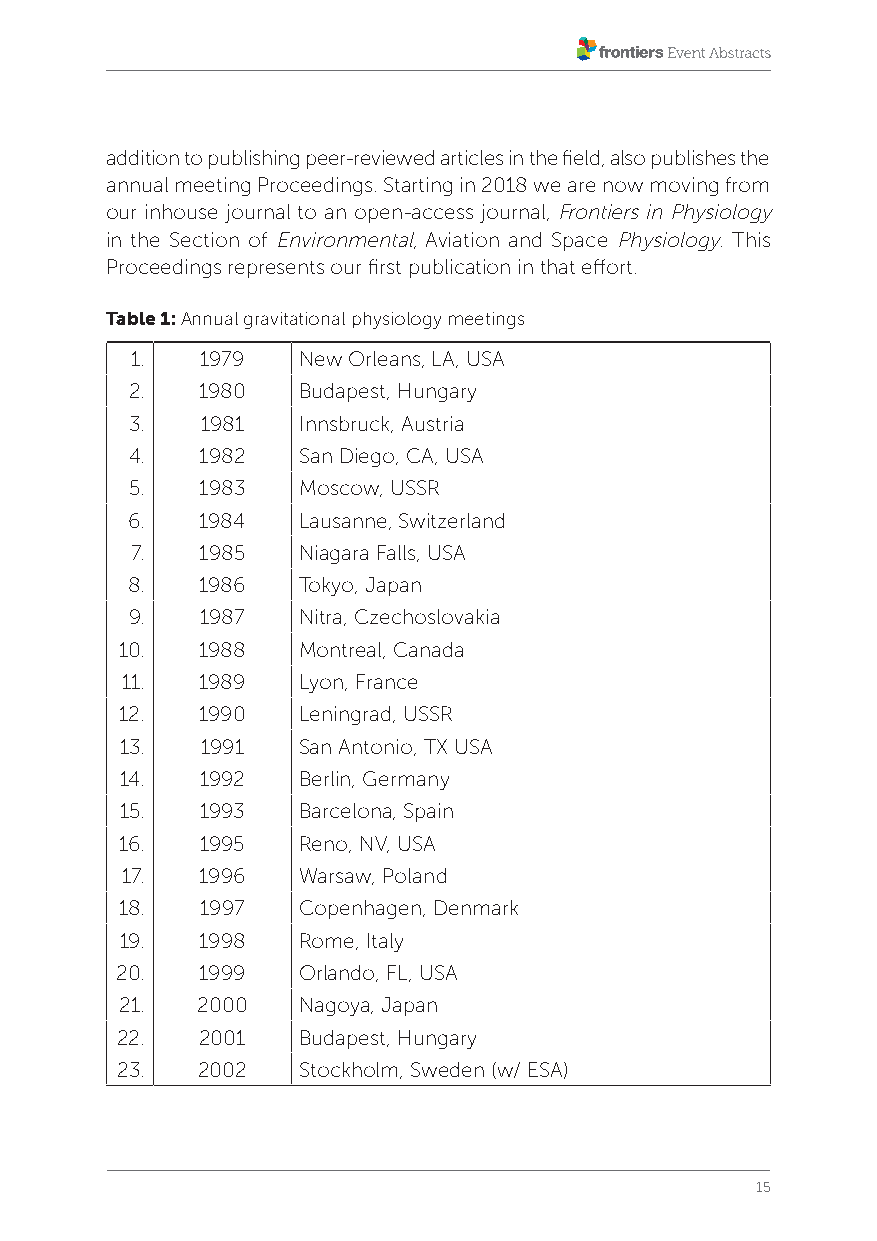
addition to publishing peer-reviewed articles in the field, also publishes the
 annual meeting Proceedings. Starting in 2018 we are now moving from
 our inhouse journal to an open-access journal, Frontiers in Physiology
 in the Section of Environmental, Aviation and Space Physiology. This
 Proceedings represents our first publication in that effort.
 Table 1: Annual gravitational physiology meetings
 1.  1979   New Orleans, LA, USA
 2.  1980   Budapest, Hungary
 3.  1981   Innsbruck, Austria
 4.  1982   San Diego, CA, USA
 5.  1983   Moscow, USSR
 6.   1984   Lausanne, Switzerland
 7.  1985   Niagara Falls, USA
 8.   1986   Tokyo, Japan
 9.  1987   Nitra, Czechoslovakia
 10.  1988   Montreal, Canada
 11.  1989   Lyon, France
 12.  1990   Leningrad, USSR
 13.  1991   San Antonio, TX USA
 14.  1992   Berlin, Germany
 15.  1993   Barcelona, Spain
 16.  1995   Reno, NV, USA
 17.  1996   Warsaw, Poland
 18.  1997   Copenhagen, Denmark
 19.  1998   Rome, Italy
 20.  1999   Orlando, FL, USA
 21.  2000   Nagoya, Japan
 22.  2001   Budapest, Hungary
 23.  2002   Stockholm, Sweden (w/ ESA)
 15